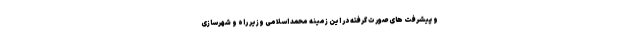
و پیشرفت های صورت گرفته در این زمینه محمد اسلامی وزیر راه و شهرسازی